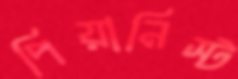
পিয়ানিস্ট